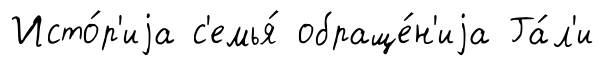
Исто́р'иjа с'емья́ обраще́н'иjа Га́л'и